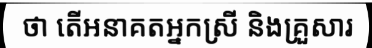
ថា តើអនាគតអ្នកស្រី និងគ្រួសារ